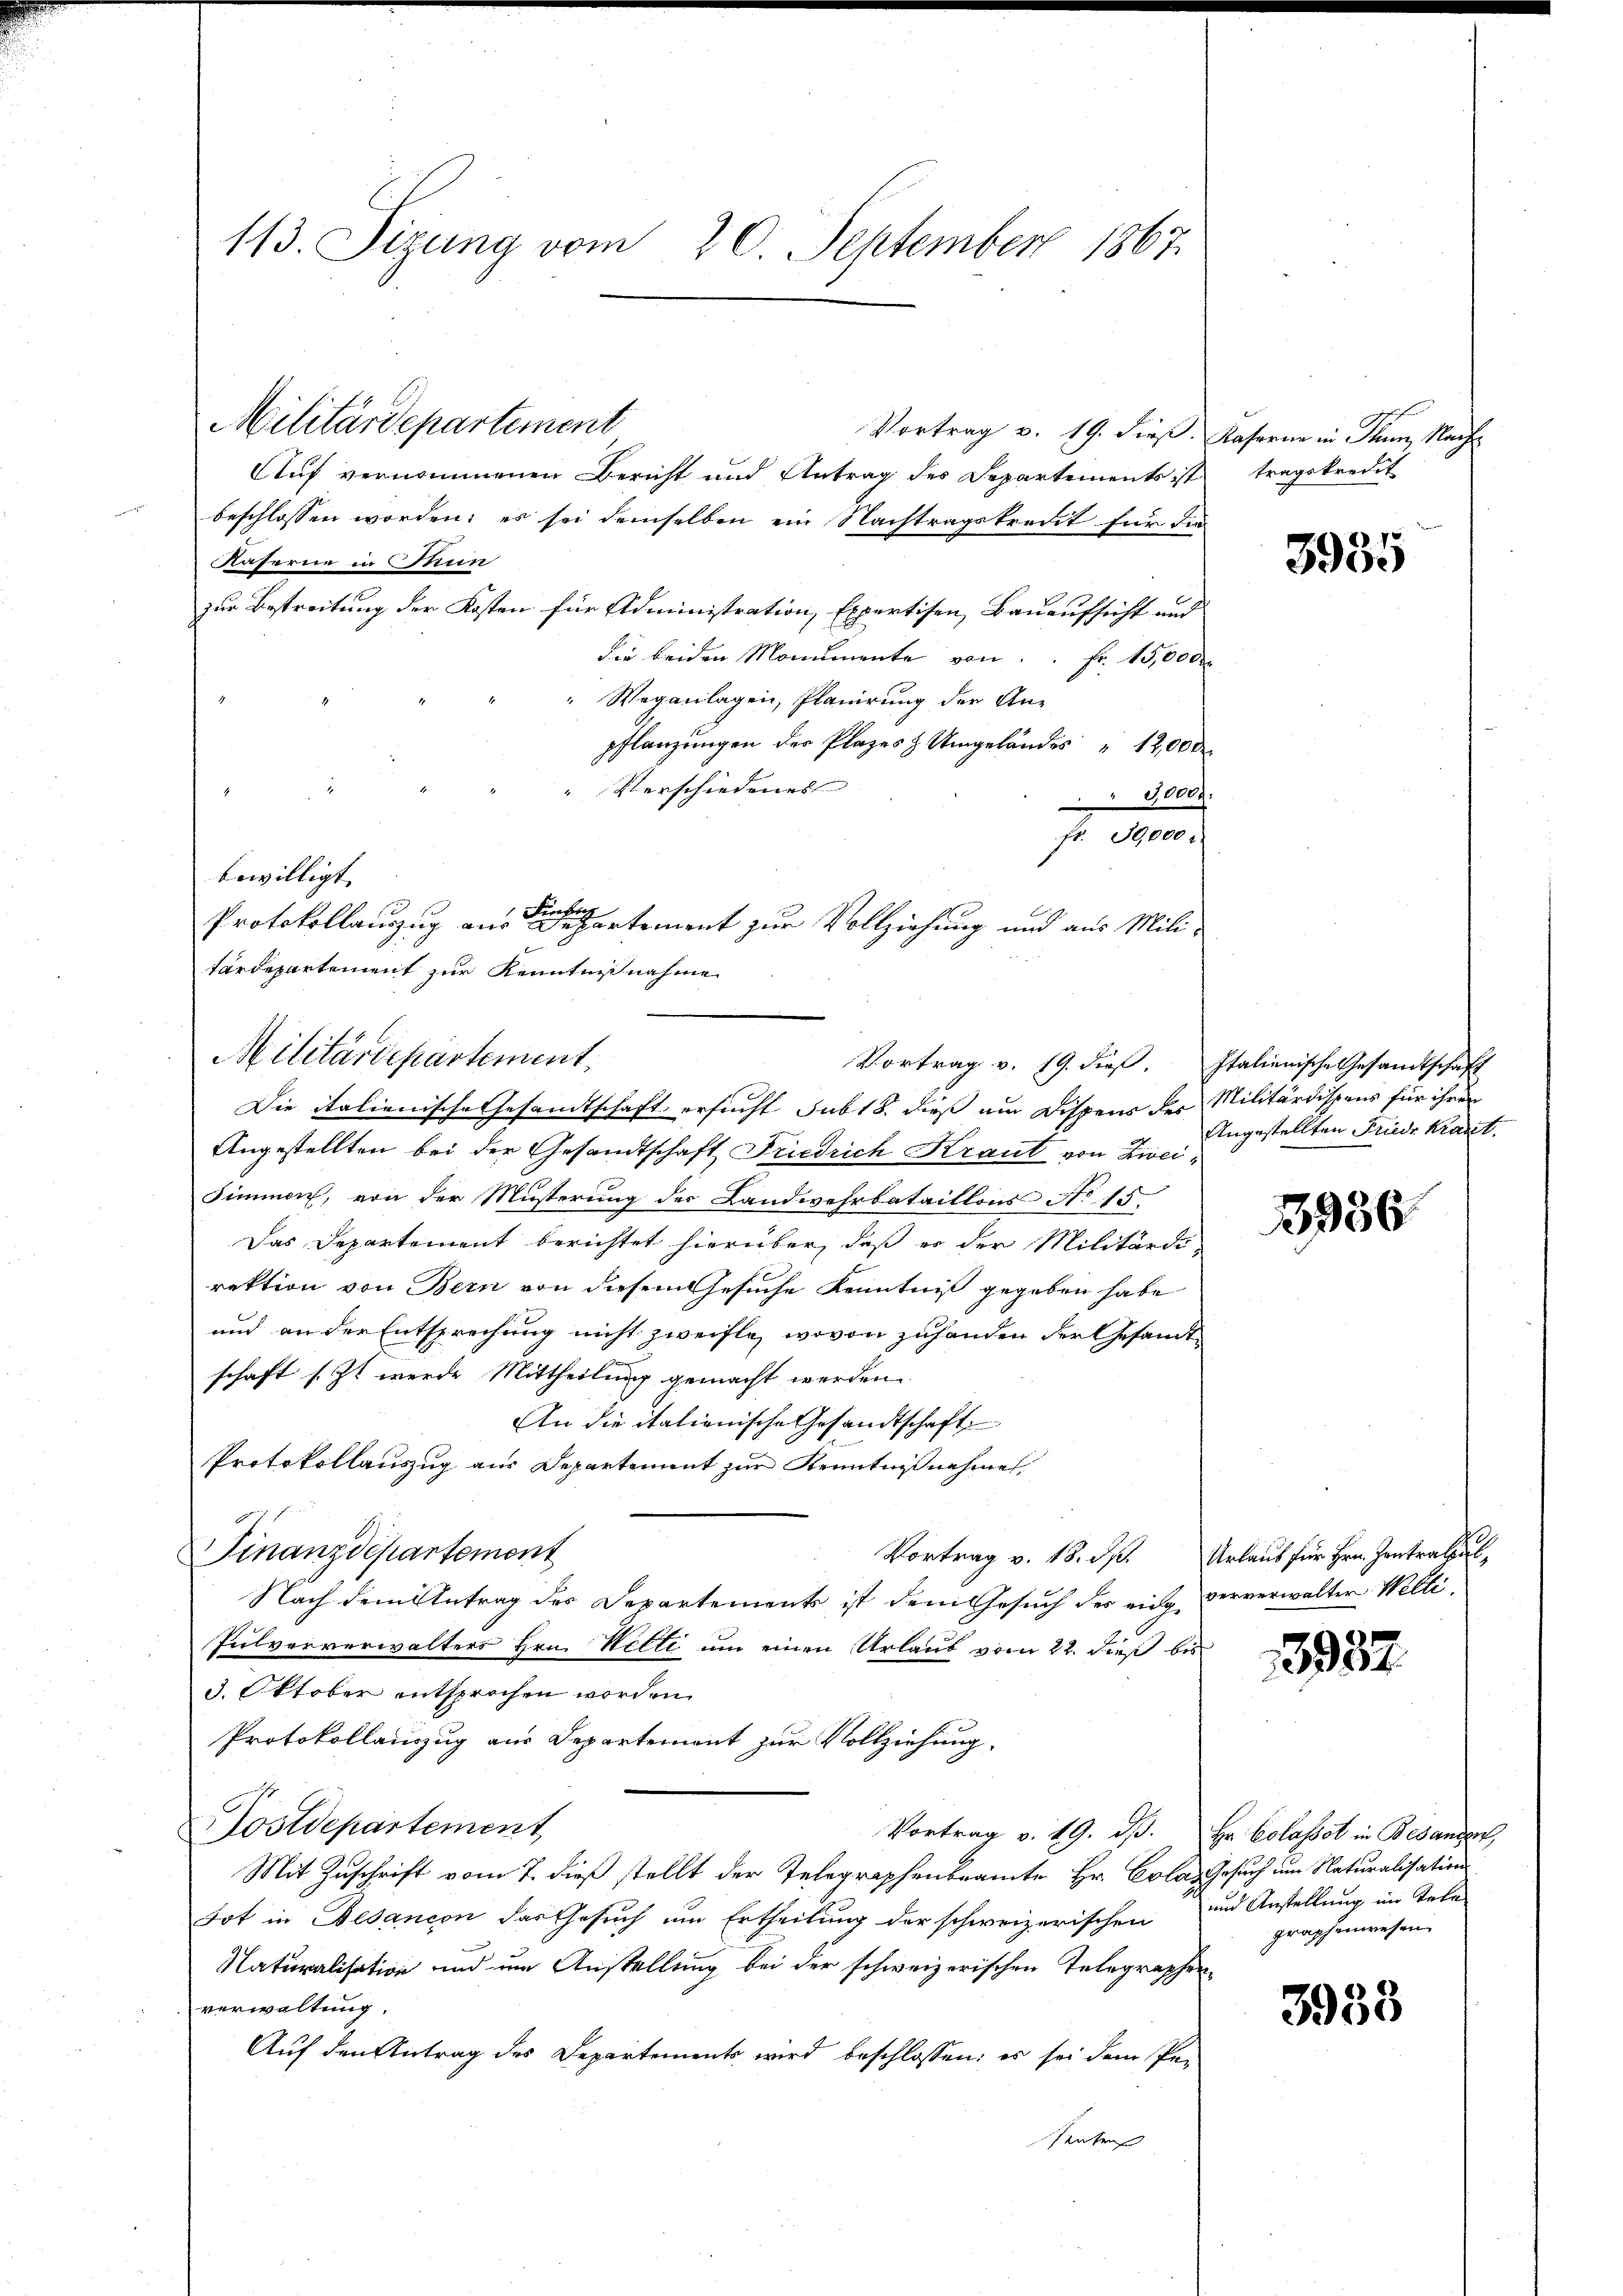
113. Sizung vom 20. September 1867.

Militärdepartement

Militärdepartement

Feenhang
e
Protokollauszug aus Departement zur Vollziehung und aus Mili¬

Auf vernommenen Bericht und Antrag des Departements ist tragskredit
beschlossen worden; es sei demselben ein Nachtragskredit für die
Kaserne in Stun
zur Bestreitung der Kosten für Administration, Expertisen, Bauaufsicht und
die beiden Monumente von Fr. 15,000
"Weganlagen, Planirung der An-
pflanzungen der Plazes & Umgeländes " 1200 de
" Verschiedenes
3000
fr. 30,000 r
bewilligt. |
tärdepartement zur Kenntnisnahme
Die italienische Gesandtschaft ersucht sub 18. dieß am Dispens der Militärdispens für ihren
Angestellten bei der Gesandtschaft Friedrich Kraut von Zwei¬
Simmen, von der Musterung der Landwehrbataillons No 15.
Das Departement berichtet hierüber, daß er der Militärdirektion von Bern von diesem Gesuche Kenntniß gegeben habe
und an der Entsprechung nicht zweifle, wovon zuhanden der Gesandtschaft (Zt werde Mittheilung gemacht werden.
An die italienische Gesandtschaft
Protokollauszug aus Departement zur Kenntnißnahme.
Finanzdepartement
Nach dem Antrag des Departements ist dem Gesuch des eing ververwalter Willi
Pulververwalters Hrn. Welti um einen Urlaub vom 22. Dies bis
3. Oktober entsprochen worden.
Protokollauszug aus Departement zur Vollziehung,
ostdepartement
Vortrag v. 19. dβ. Hr. Colasset in Besanden,
Mit Zuschrift vom 7. dieß stellt der Telegraphenbeamte Hr. Colas Gesuch im Naturalisation
Tot in Besancen das Gesuch um Ertheilung der schweizerischen
Naturalisation und um Anstellung bei der schweizerischen Telegraphen
verwaltung.
Auf den Antrag des Departements wird beschlossen: es sei dem Pe-
Penten

Vortrag v. 19. dieß. Italienische Gesandtschaft

Vortrag v. 19. dieß, Kaserne in Thun, Nach¬

3935

Angestellten Friede Kraut.

3936

Vortrag v. 18. ds. Urlaub für Hrn. Zentralsu

13987.

und Anstellung im Telegraphenwesen.

3958